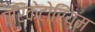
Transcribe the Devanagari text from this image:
प्रिकेटोरियम